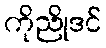
ကိုညိုဒင်